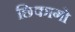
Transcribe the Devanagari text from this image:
छिकागो